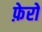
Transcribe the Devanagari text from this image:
फ़ेरो